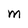
Character: M